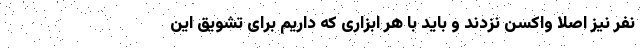
نفر نیز اصلا واکسن نزدند و باید با هر ابزاری که داریم برای تشویق این